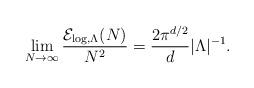
LaTeX: \begin{align*} \lim_{N\rightarrow \infty} \frac{\mathcal{E}_{\log,\Lambda} (N)}{N^2}=\frac{2\pi^{d/2}}{d}|\Lambda|^{-1}. \end{align*}